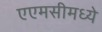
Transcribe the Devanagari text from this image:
एएमसीमध्ये